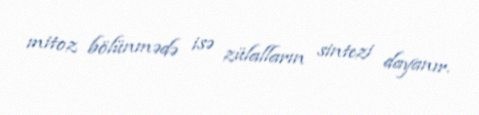
mitoz bölünmədə isə zülalların sintezi dayanır.